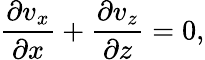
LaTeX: \frac{\partial v_{x}}{\partial x}+\frac{\partial v_{z}}{\partial z}=0,